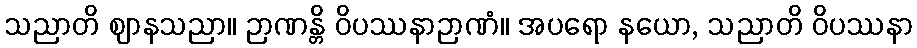
သညာတိ ဈာနသညာ။ ဉာဏန္တိ ဝိပဿနာဉာဏံ။ အပရော နယော, သညာတိ ဝိပဿနာ